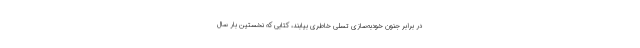
در برابر جنون خودبه‌سازی تسلی خاطری بیابند، کتابی که نخستین بار سال